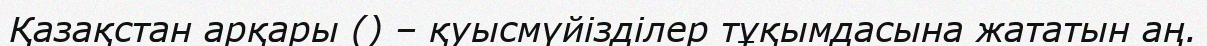
Қазақстан арқары () – қуысмүйізділер тұқымдасына жататын аң.